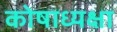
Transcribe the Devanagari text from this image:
कोषाध्यक्षा